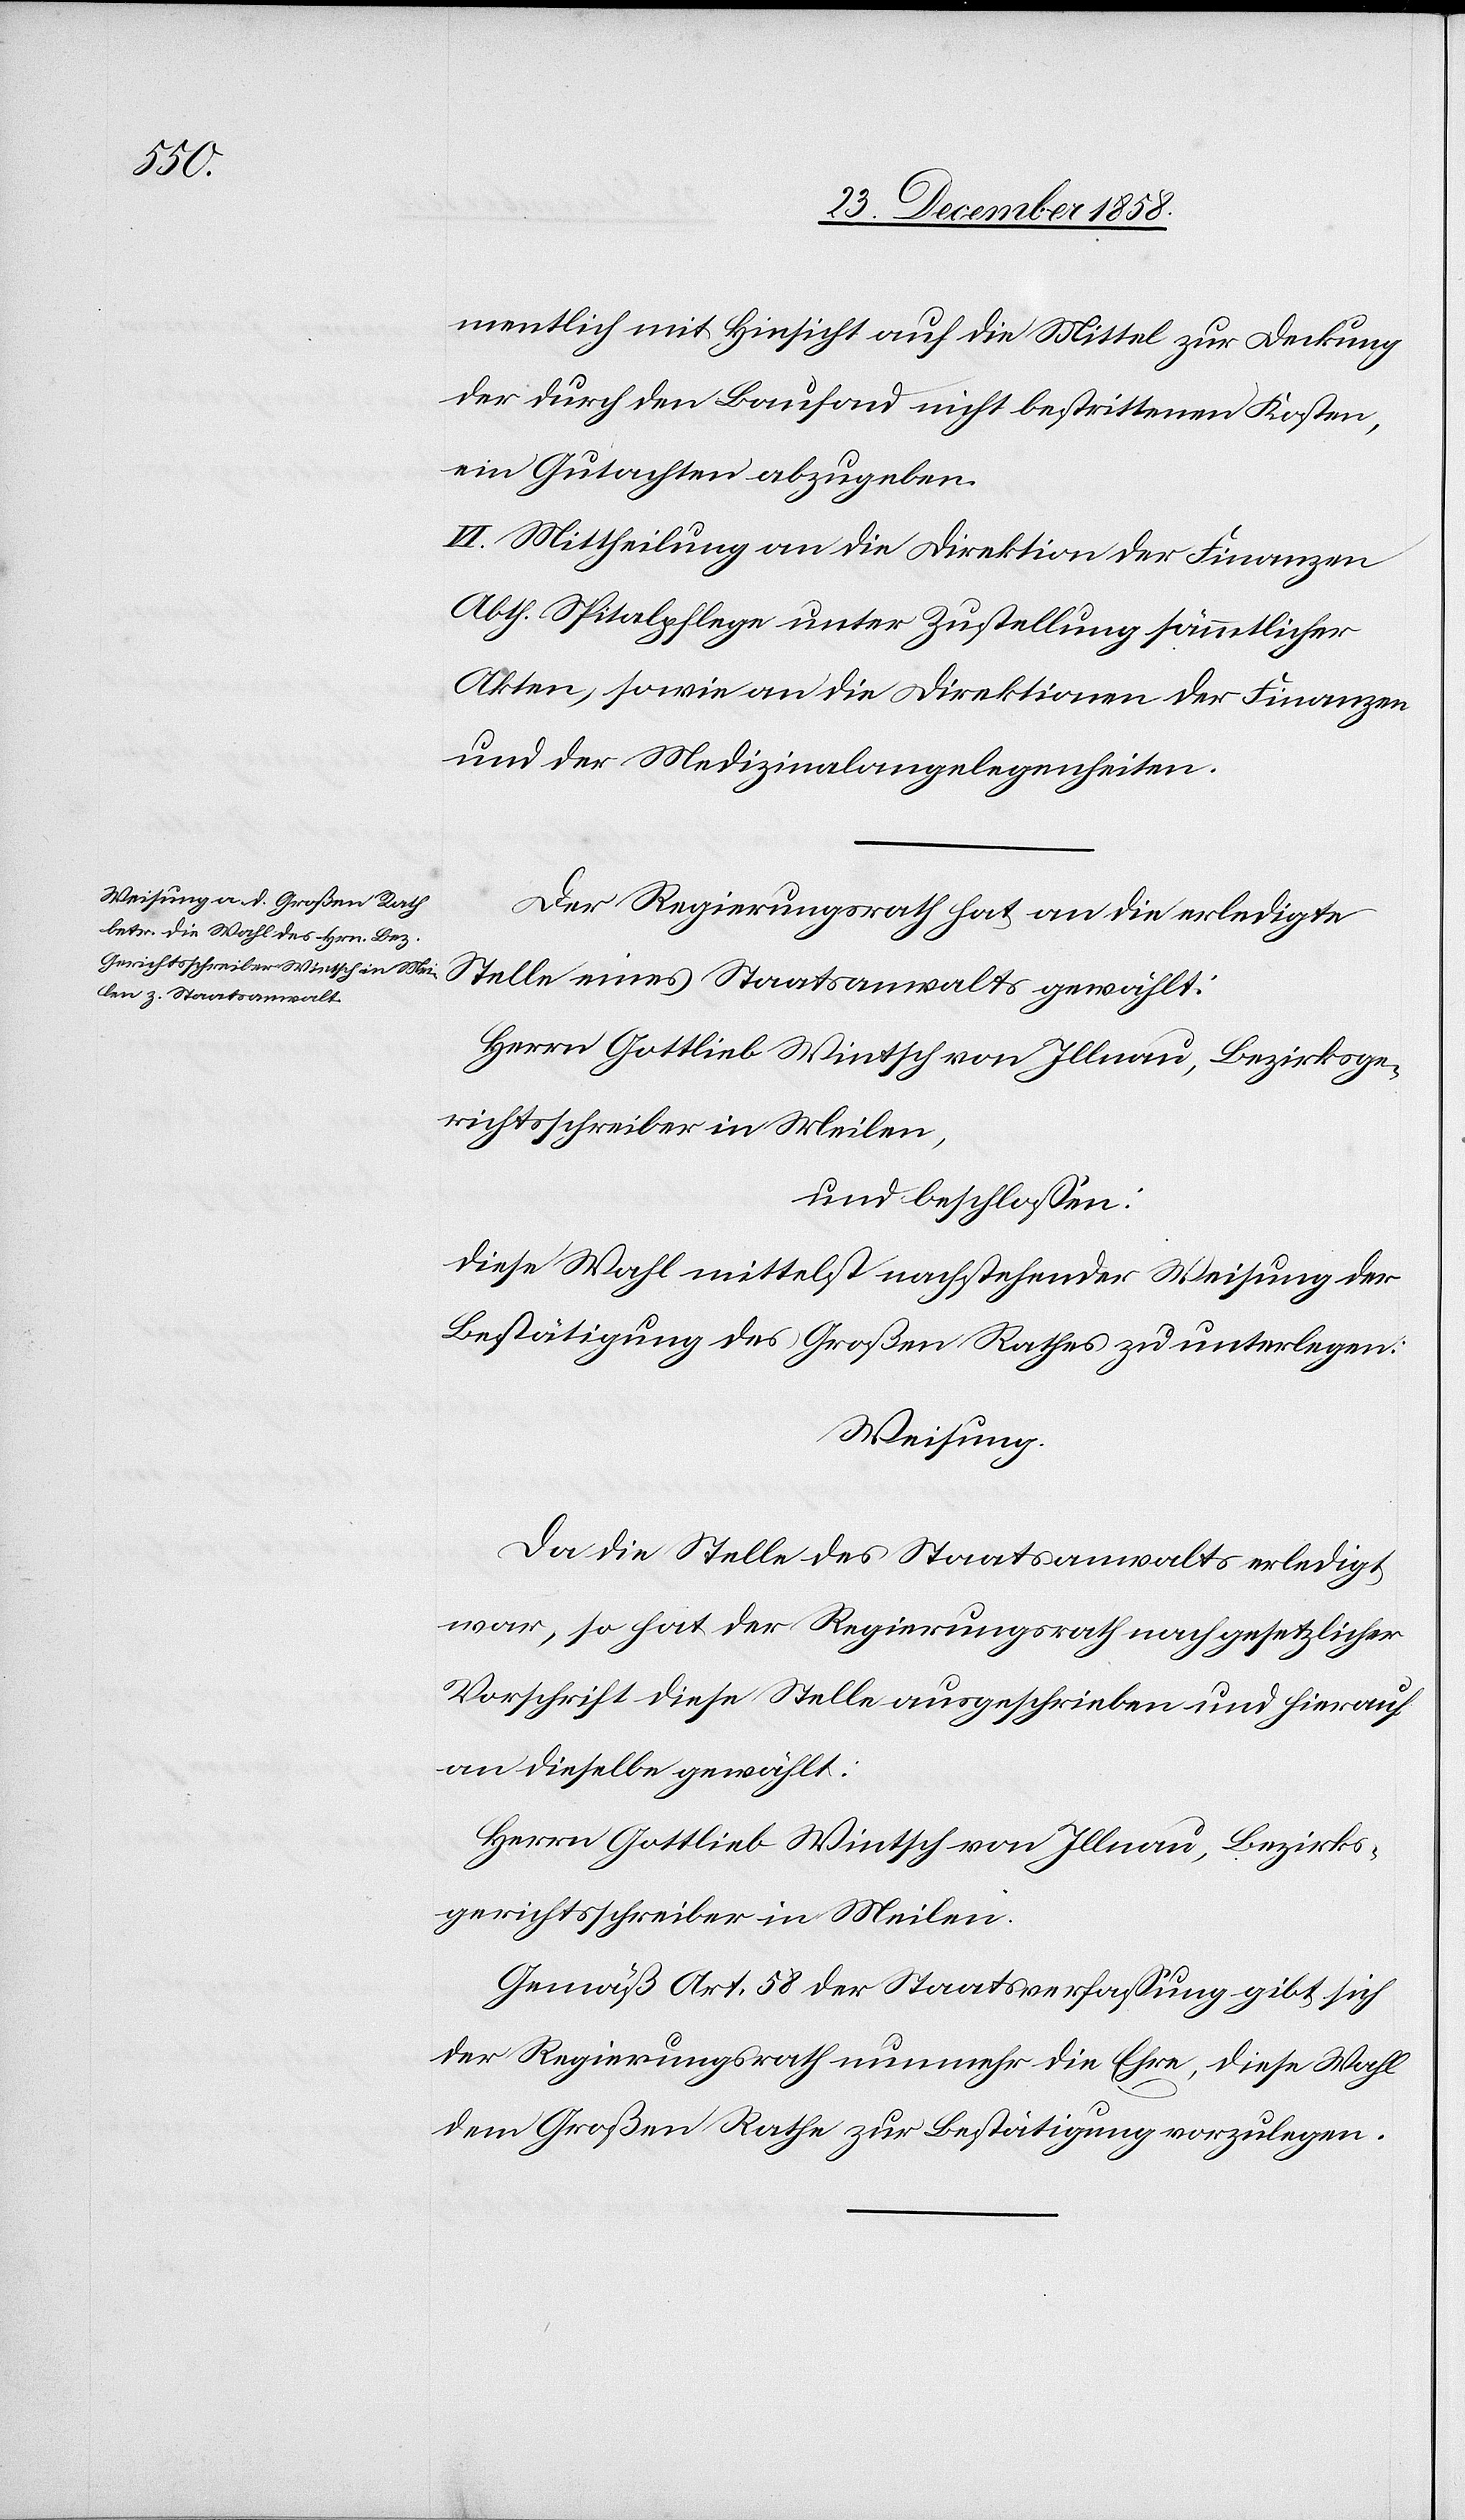
Akten.
II. Mittheilung an die Direktion der Finanzen.
uf beschlossen: